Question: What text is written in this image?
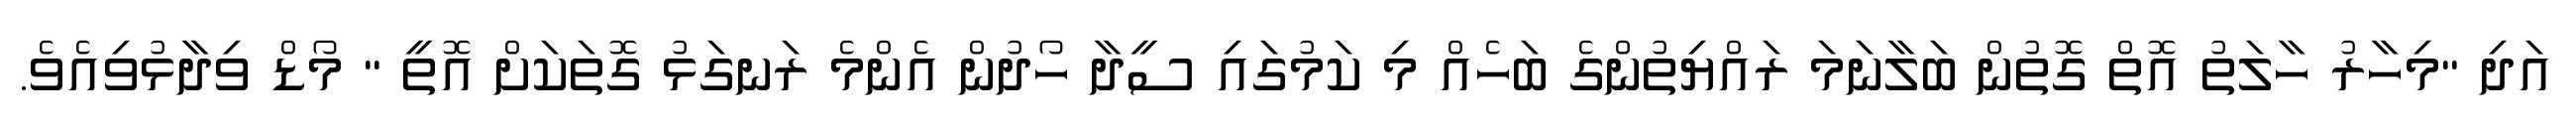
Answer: އަދި "މިހާރު ހާލަތު އޮތް ގޮތުން ބަލާނަމަ ރައްޔިތުންގެ ބަހެއް މި ކަމުގައި ސީދާ ހޯދުން އެންމެ ރަނގަޅު ގޮތަކަށް އޮތީ " މޯޑް ވިދާޅުވިއެވެ.